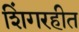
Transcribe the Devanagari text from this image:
शिंगरहीत